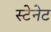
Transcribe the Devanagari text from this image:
स्टेनेट